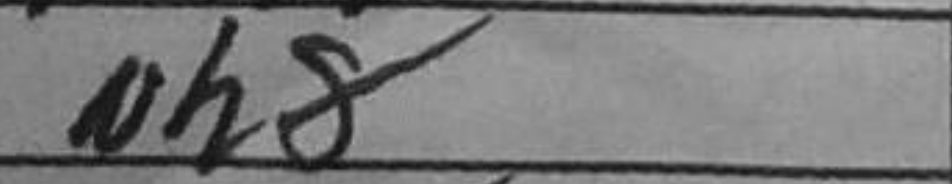
Transcription: h8